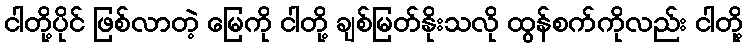
ငါတို့ပိုင် ဖြစ်လာတဲ့ မြေကို ငါတို့ ချစ်မြတ်နိုးသလို ထွန်စက်ကိုလည်း ငါတို့